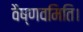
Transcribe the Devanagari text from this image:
वैष्णवमिति।